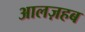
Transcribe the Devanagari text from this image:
आलज़हब